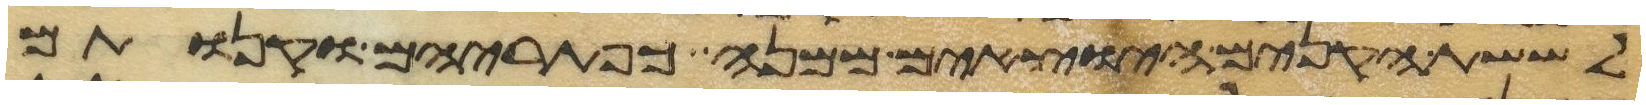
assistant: לששת הקנים היצאים ממנה כפתריהם וקנותם